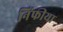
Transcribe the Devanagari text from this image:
निंफीया